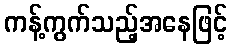
ကန့်ကွက်သည့်အနေဖြင့်